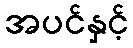
အပင်နှင့်